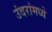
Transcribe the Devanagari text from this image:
उंदरांमध्ये